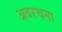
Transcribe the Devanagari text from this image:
अवरचना